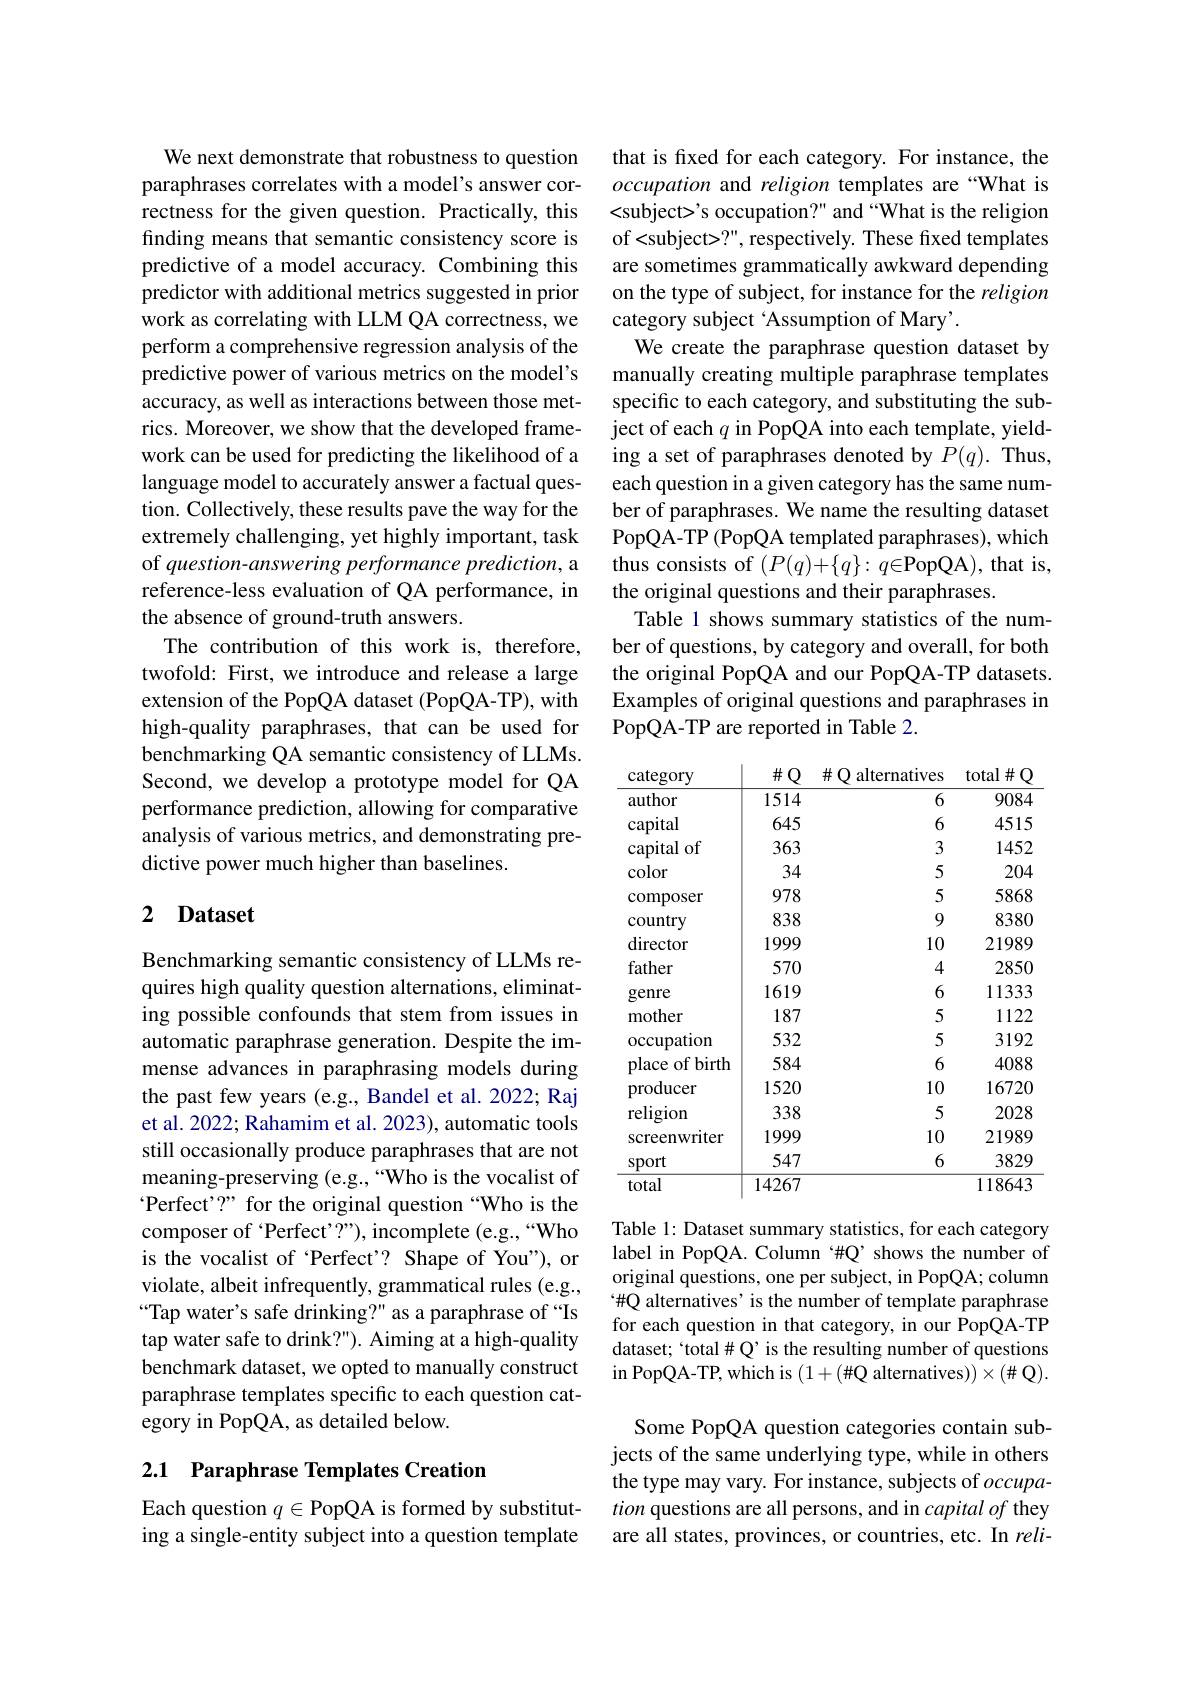
We next demonstrate that robustness to question paraphrases correlates with a model's answer correctness for the given question. Practically, this finding means that semantic consistency score is predictive of a model accuracy. Combining this predictor with additional metrics suggested in prior work as correlating with LLM QA correctness, we perform a comprehensive regression analysis of the predictive power of various metrics on the model's accuracy, as well as interactions between those metrics. Moreover, we show that the developed framework can be used for predicting the likelihood of a language model to accurately answer a factual question. Collectively, these results pave the way for the extremely challenging, yet highly important, task of question-answering performance prediction, a reference-less evaluation of QA performance, in the absence of ground-truth answers.
The contribution of this work is, therefore, twofold: First, we introduce and release a large extension of the PopQA dataset (PopQA-TP), with high-quality paraphrases, that can be used for benchmarking QA semantic consistency of LLMs. Second, we develop a prototype model for QA performance prediction, allowing for comparative analysis of various metrics, and demonstrating predictive power much higher than baselines.

## 2 Dataset

Benchmarking semantic consistency of LLMs requires high quality question alternations, eliminating possible confounds that stem from issues in automatic paraphrase generation. Despite the immense advances in paraphrasing models during the past few years (e.g., Bandel et al. 2022; Raj et al. 2022; Rahamim et al. 2023), automatic tools still occasionally produce paraphrases that are not meaning-preserving (e.g.,“Who is the vocalist of Perfect'?" for the original question “Who is the composer of 'Perfect'?"), incomplete (e.g.,“Who is the vocalist of 'Perfect'? Shape of You"), or violate, albeit infrequently, grammatical rules (e.g., “Tap water's safe drinking?" as a paraphrase of “Is tap water safe to drink?"). Aiming at a high-quality benchmark dataset, we opted to manually construct paraphrase templates specific to each question category in PopQA, as detailed below.

## 2.1 Paraphrase Templates Creation

Each question $q\in$PopQA is formed by substituting a single-entity subject into a question template

that is fxed for each category. For instance, the occupation and religion templates are“What is <subject>'s occupation?" and “What is the religion of<subject>?", respectively. These fixed templates are sometimes grammatically awkward depending on the type of subject, for instance for the religion category subject ‘Assumption of Mary’.
We create the paraphrase question dataset by manually creating multiple paraphrase templates specific to each category, and substituting the subject of each $q$ in PopQA into each template, yielding a set of paraphrases denoted by $P(q).$ Thus, each question in a given category has the same number of paraphrases. We name the resulting dataset PopQA-TP (PopQA templated paraphrases), which thus consists of $(P(q)+\{q\}:q\in$PopQA), that is, the original questions and their paraphrases.
Table 1 shows summary statistics of the number of questions, by category and overall, for both the original PopQA and our PopQA-TP datasets. Examples of original questions and paraphrases in PopQA-TP are reported in Table 2.

<table>
	<tbody>
		<tr>
			<th>$\operatorname{category}$</th>
			<th>$\#\mathbb{Q}$</th>
			<th>$\#$ $Q$ alternatives</th>
			<th>total #</th>
		</tr>
		<tr>
			<td>author</td>
			<td>1514</td>
			<td>6</td>
			<td>9084</td>
		</tr>
		<tr>
			<td>capital</td>
			<td>645</td>
			<td>6</td>
			<td>4515</td>
		</tr>
		<tr>
			<td>of capital</td>
			<td>363</td>
			<td>3</td>
			<td>1452</td>
		</tr>
		<tr>
			<td>color</td>
			<td>34</td>
			<td>5</td>
			<td>204</td>
		</tr>
		<tr>
			<td>composer</td>
			<td>978</td>
			<td>5</td>
			<td>5868</td>
		</tr>
		<tr>
			<td>country</td>
			<td>838</td>
			<td>9</td>
			<td>8380</td>
		</tr>
		<tr>
			<td>director</td>
			<td>1999</td>
			<td>10</td>
			<td>21989</td>
		</tr>
		<tr>
			<td>father</td>
			<td>570</td>
			<td>4</td>
			<td>2850</td>
		</tr>
		<tr>
			<td>genre</td>
			<td>1619</td>
			<td>6</td>
			<td>11333</td>
		</tr>
		<tr>
			<td>mother</td>
			<td>187</td>
			<td>5</td>
			<td>1122</td>
		</tr>
		<tr>
			<td>occupation</td>
			<td>532</td>
			<td>5</td>
			<td>3192</td>
		</tr>
		<tr>
			<td>of birth place</td>
			<td>584</td>
			<td>6</td>
			<td>4088</td>
		</tr>
		<tr>
			<td>producer</td>
			<td>1520</td>
			<td>10</td>
			<td>16720</td>
		</tr>
		<tr>
			<td>religion</td>
			<td>338</td>
			<td>5</td>
			<td>2028</td>
		</tr>
		<tr>
			<td>screenwriter</td>
			<td>1999</td>
			<td>10</td>
			<td>21989</td>
		</tr>
		<tr>
			<td>Sport</td>
			<td>547</td>
			<td>6</td>
			<td>3829</td>
		</tr>
		<tr>
			<td>total</td>
			<td>14267</td>
			<td> </td>
			<td>118643</td>
		</tr>
	</tbody>
</table>

Table 1: Dataset summary statistics, for each category label in PopQA. Column‘#Q’shows the number of original questions, one per subject, in PopQA; column “#Q alternatives’ is the number of template paraphrase for each question in that category, in our PopQA-TP dataset; `total# Q' is the resulting number of questions in PopQA- TP, which is $( 1+ ( \# Q$ alternatives$))\times(\#\mathbb{Q}).$

Some PopQA question categories contain subjects of the same underlying type, while in others the type may vary. For instance, subjects of $occupa-$ tion questions are all persons, and in capital of they are all states, provinces, or countries, etc. In reli-